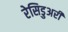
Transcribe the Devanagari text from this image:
रेसिडुअरी